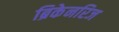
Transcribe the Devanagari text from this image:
ब्रिकेनरिज